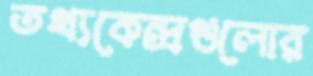
তথ্যকেন্দ্রগুলোর